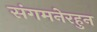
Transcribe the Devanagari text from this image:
संगमनेरहुन